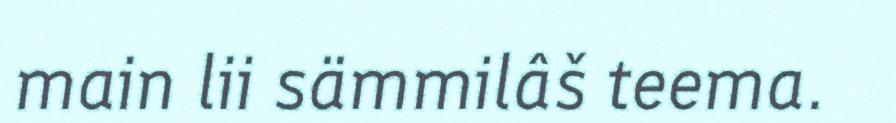
main lii sämmilâš teema.